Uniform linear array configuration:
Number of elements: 64
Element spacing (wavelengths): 0.5
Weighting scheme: hann
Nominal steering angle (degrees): -15
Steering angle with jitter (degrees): -16.745
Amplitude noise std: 0.05
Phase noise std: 0.05

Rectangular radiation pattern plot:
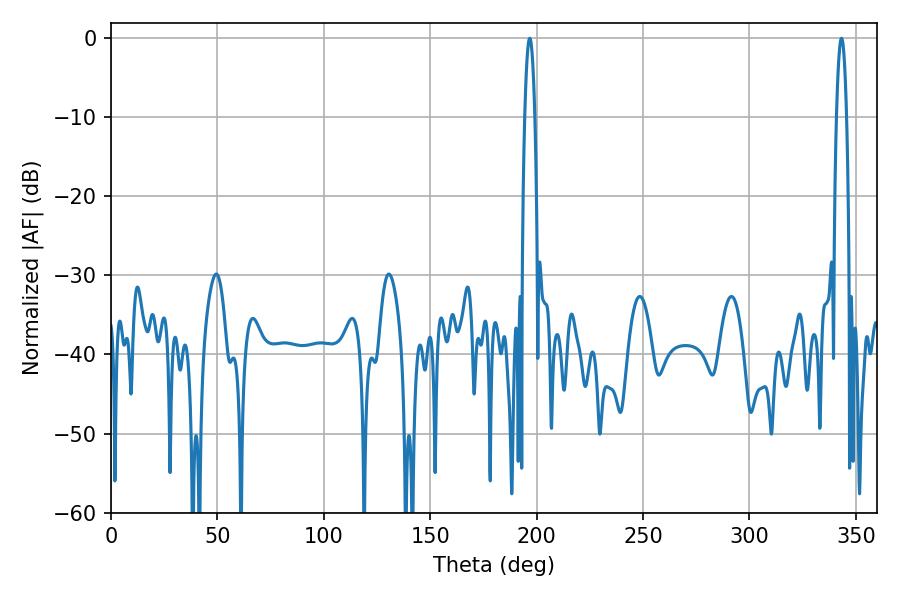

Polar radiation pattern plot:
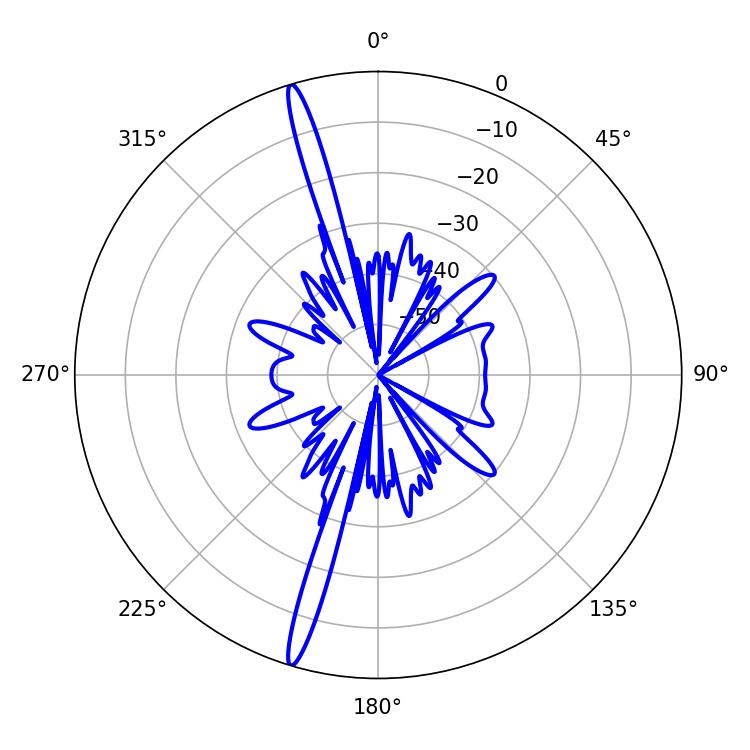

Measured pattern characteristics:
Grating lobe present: FALSE
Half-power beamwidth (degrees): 2.52
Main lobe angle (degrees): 196.74